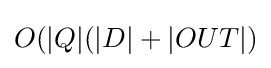
O(|Q|(|D|+|OUT|)